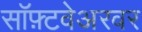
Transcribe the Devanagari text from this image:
सॉफ़्टवेअरवर